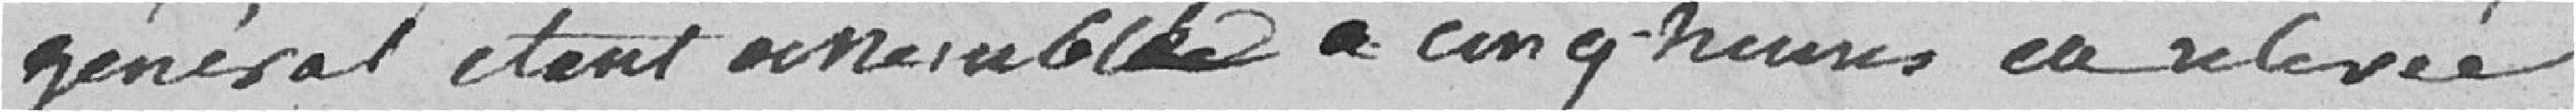
Général étant assemblé à cinq heure en relevée